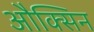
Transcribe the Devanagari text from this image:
औक्सिन